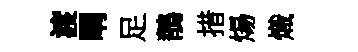
渡喟足鶺措煬熾